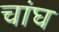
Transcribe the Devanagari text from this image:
चांघ